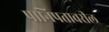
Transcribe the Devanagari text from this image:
पानिपतावरील